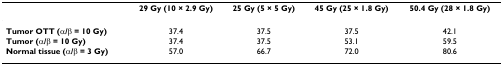
|  | 29 Gy (10 × 2.9 Gy) | 25 Gy (5 × 5 Gy) | 45 Gy (25 × 1.8 Gy) | 50.4 Gy (28 × 1.8 Gy) |
 | --- | --- | --- | --- | --- |
 | Tumor OTT (α/β = 10 Gy) | 37.4 | 37.5 | 37.5 | 42.1 |
 | Tumor (α/β = 10 Gy) | 37.4 | 37.5 | 53.1 | 59.5 |
 | Normal tissue (α/β = 3 Gy) | 57.0 | 66.7 | 72.0 | 80.6 |